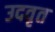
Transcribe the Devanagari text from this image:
उदवृत